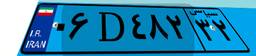
۰۶D۴۸۲۳۲